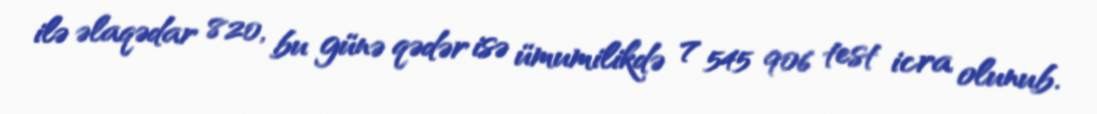
ilə əlaqədar 820, bu günə qədər isə ümumilikdə 7 545 906 test icra olunub.